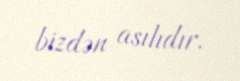
bizdən asılıdır.